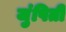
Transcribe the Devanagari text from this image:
जुंपिती